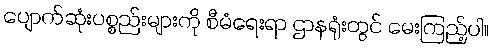
ပျောက်ဆုံးပစ္စည်းများကို စီမံရေးရာ ဌာနရုံးတွင် မေးကြည့်ပါ။